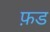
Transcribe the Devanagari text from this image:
फ़ड